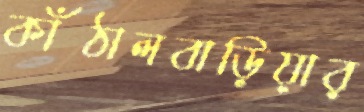
কাঁঠালবাড়িয়ার